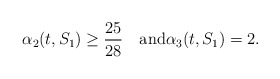
\begin{align*}\alpha_2(t,S_1) \geq \frac{25}{28}\quad\textrm{and}\alpha_3(t,S_1) = 2.\end{align*}